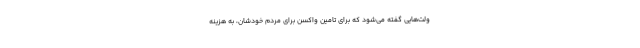
ولت‌هایی گفته می‌شود که برای تامین واکسن برای مردم خودشان، به هزینه